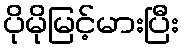
ပိုမိုမြင့်မားပြီး